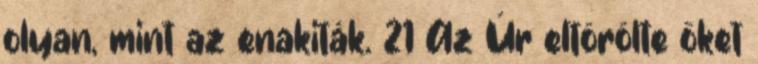
olyan, mint az enakiták. 21 Az Úr eltörölte őket